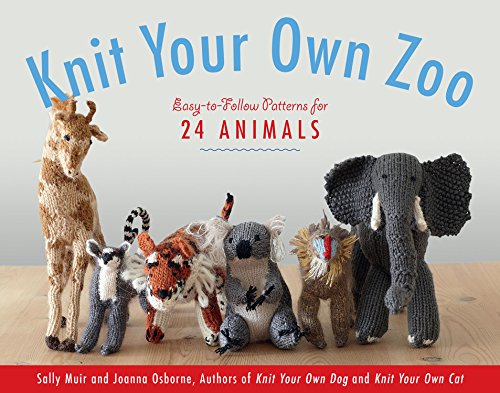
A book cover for Knit Your Own Zoo: Easy-to-Follow Patterns for 24 Animals; Sally Muir; Crafts, Hobbies & Home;